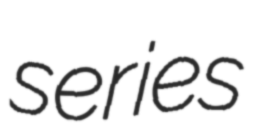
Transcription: series